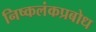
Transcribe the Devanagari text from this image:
निष्कलंकप्रबोध